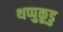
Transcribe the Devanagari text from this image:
थप्पुकूडु